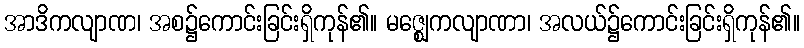
အာဒိကလျာဏ၊ အစ၌ကောင်းခြင်းရှိကုန်၏။ မဇ္ဈေကလျာဏာ၊ အလယ်၌ကောင်းခြင်းရှိကုန်၏။